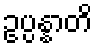
ဥပ္ပန္နာတိ